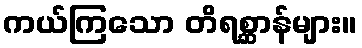
ကယ်ကြသော တိရစ္ဆာန်များ။